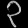
Digit: ၃